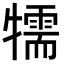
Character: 㹘